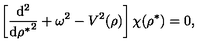
\left[ \frac { \mathrm { d } ^ { 2 } } { { \mathrm { d } { \rho } ^ { * } } ^ { 2 } } + \omega ^ { 2 } - { V } ^ { 2 } ( \rho ) \right] \chi ( { \rho } ^ { * } ) = 0 ,